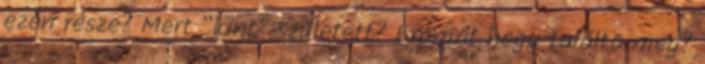
ezen része? Mert “kint” született? Emmát hogy találta meg?